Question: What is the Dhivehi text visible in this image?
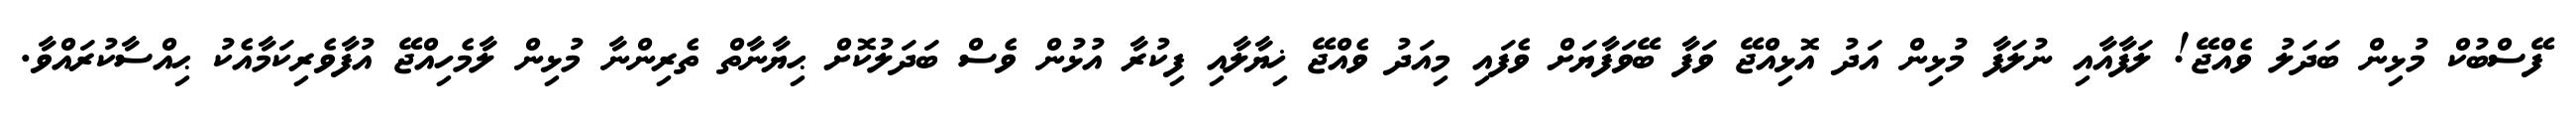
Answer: ފޭސްބުކް މުޅިން ބަދަލު ވެއްޖޭ! ލަފާއާއި ނުލަފާ މުޅިން އަދު އޮޅިއްޖޭ ވަފާ ބޭވަފާޔަށް ވެފައި މިއަދު ވެއްޖޭ ޚިޔާލާއި ފިކުރާ އުޅުން ވެސް ބަދަލުކޮށް ޙިޔާނާތް ތެރިންނާ މުޅިން ލާމެހިއްޖޭ އުފާވެރިކަމާއެކު ޙިއްސާކުރައްވާ.